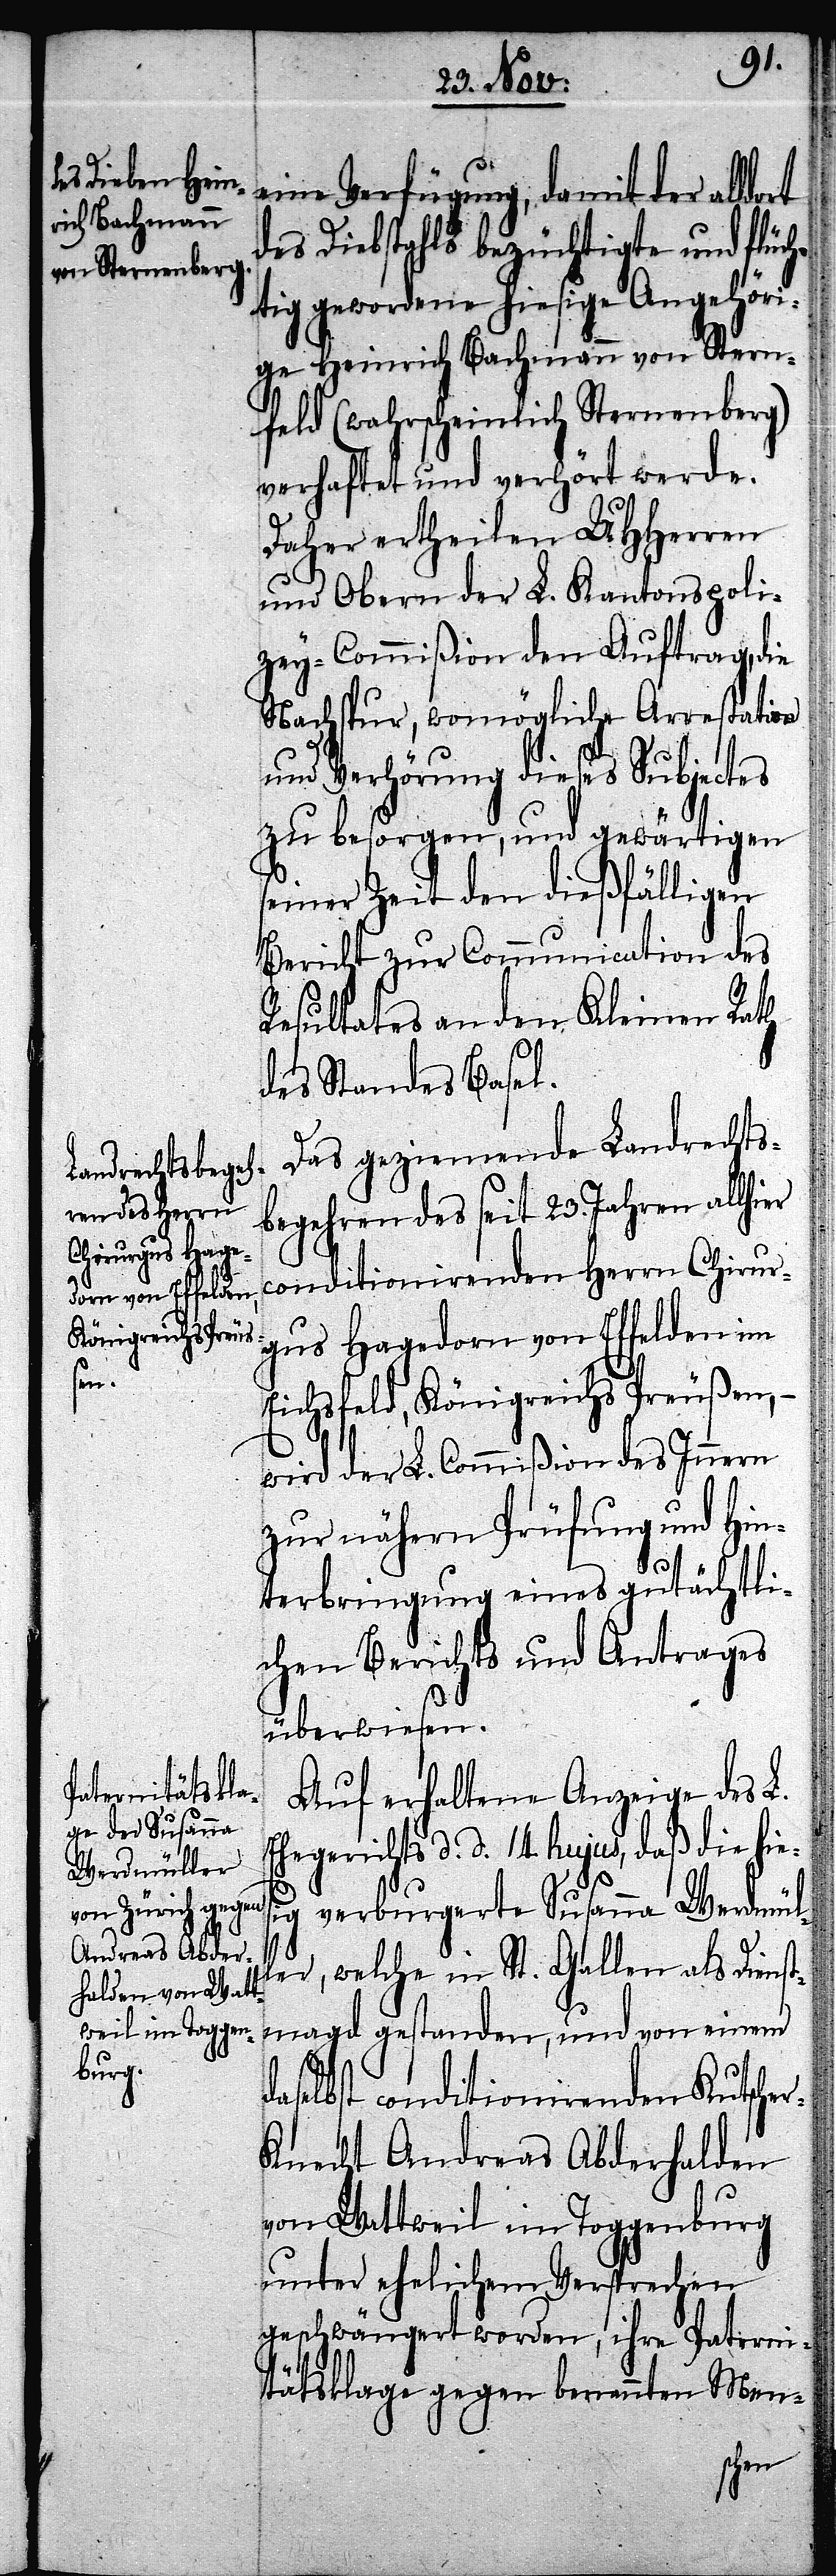
eine Verfügung, damit der alldort
des Diebstahls bezüchtigte und flüc¬
htig gewordene hiesige Angehöri¬
ge Heinrich Bachmann von Stern¬
feld (wahrscheinlich Sternenberg)
verhaftet und verhört werde.
Daher ertheilen UHHerren
und Obern der L. Kantonspoli¬
zey-Commißion den Auftrag, die
Nachspur, womögliche Arrestation
und Verhörung dieses Subjectes
zu besorgen, und gewärtigen
seiner Zeit den dießfälligen
Bericht zur Communication des
Resultates an den Kleinen Rath
des Standes Basel.
Das geziemende Landrechts¬
begehren des seit 23. Jahren allhier
conditionirenden Herrn Chirur¬
gus Hagedorn von Effelden im
Eichsfeld, Königreichs Preußen,
wird der L. Commißion des Innern
zur nähern Prüfung und Hin¬
terbringung eines gutächtli¬
chen Berichts und Antrages
überwiesen.
Auf erhaltene Anzeige des L.
Ehegerichts d. d. 14. hujus, daß die hie¬
ig verburgerte Susanna Werdmül¬
s¬
ler, welche in St. Gallen als Dienst¬
magd gestanden, und von einem
daselbst conditionirenden Kutsche¬
r-Knecht Andreas Abderhalden
von Wattweil im Toggenburg
unter ehelichem Versprechen
geschwängert worden, ihre Paterni¬
tätsklage gegen benannten Men-